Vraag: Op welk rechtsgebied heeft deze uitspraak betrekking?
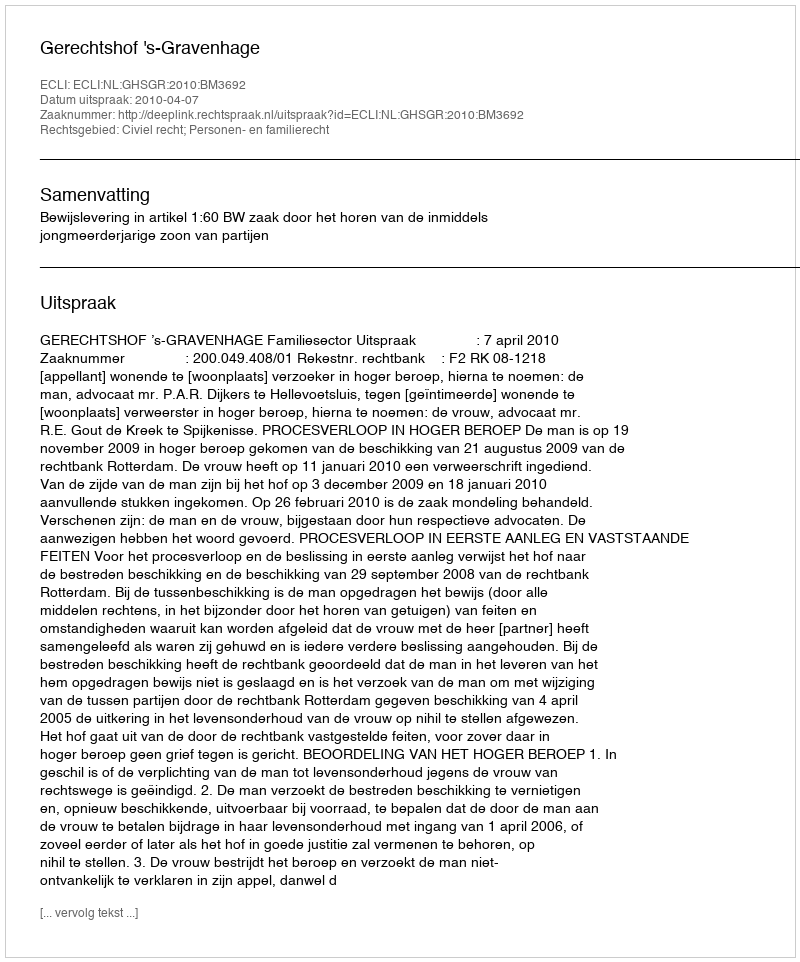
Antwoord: Civiel recht; Personen- en familierecht